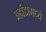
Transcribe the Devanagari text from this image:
ब्रह्मंडामध्ये